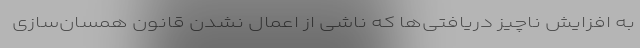
به افزایش ناچیز دریافتی‌ها که ناشی از اعمال نشدن قانون همسان‌سازی